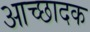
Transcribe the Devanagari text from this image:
आच्छादक